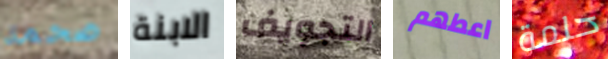
ضخمة الابنة التجويف اعطهم حلمة